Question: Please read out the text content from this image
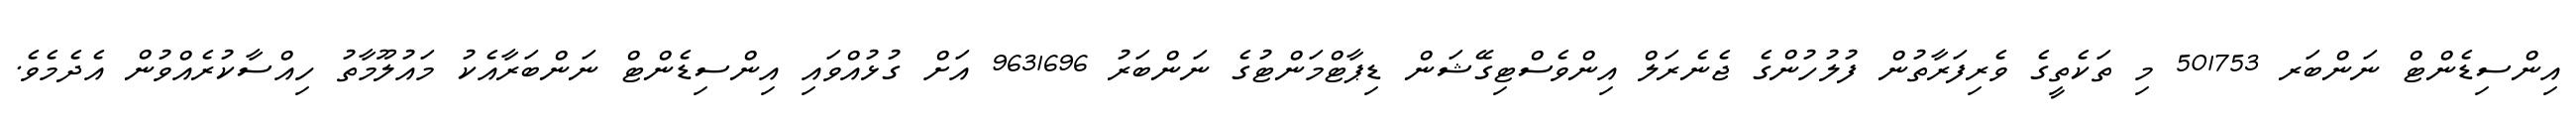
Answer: އިންސިޑެންޓް ނަންބަރ 501753 މި ތަކެތީގެ ވެރިފަރާތުން ފުލުހުންގެ ޖެނެރަލް އިންވެސްޓިގޭޝަން ޑިޕާޓްމަންޓުގެ ނަންބަރު 9631696 އަށް ގުޅުއްވައި އިންސިޑެންޓް ނަންބަރާއެކު މައުލޫމާތު ހިއްސާކުރެއްވުން އެދެމެވެ.